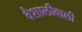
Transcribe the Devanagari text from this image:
वैशालीवाली